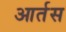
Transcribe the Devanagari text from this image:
आर्तस